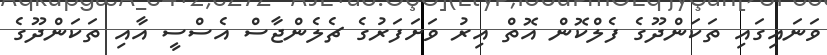
ވަނައިގައި ތަކަންދޫގެ ފެލްކޮން އޮތް އިރު ވަށަފަރުގެ ޗެލެންޖާސް އެސްސީ އާއި ތަކަންދޫގެ